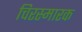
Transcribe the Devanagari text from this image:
चिरस्मारक